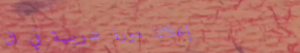
إعلان: دورة تدريبية في ال